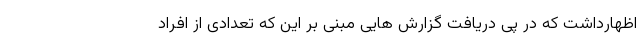
اظهارداشت که در پی دریافت گزارش هایی مبنی بر این که تعدادی از افراد